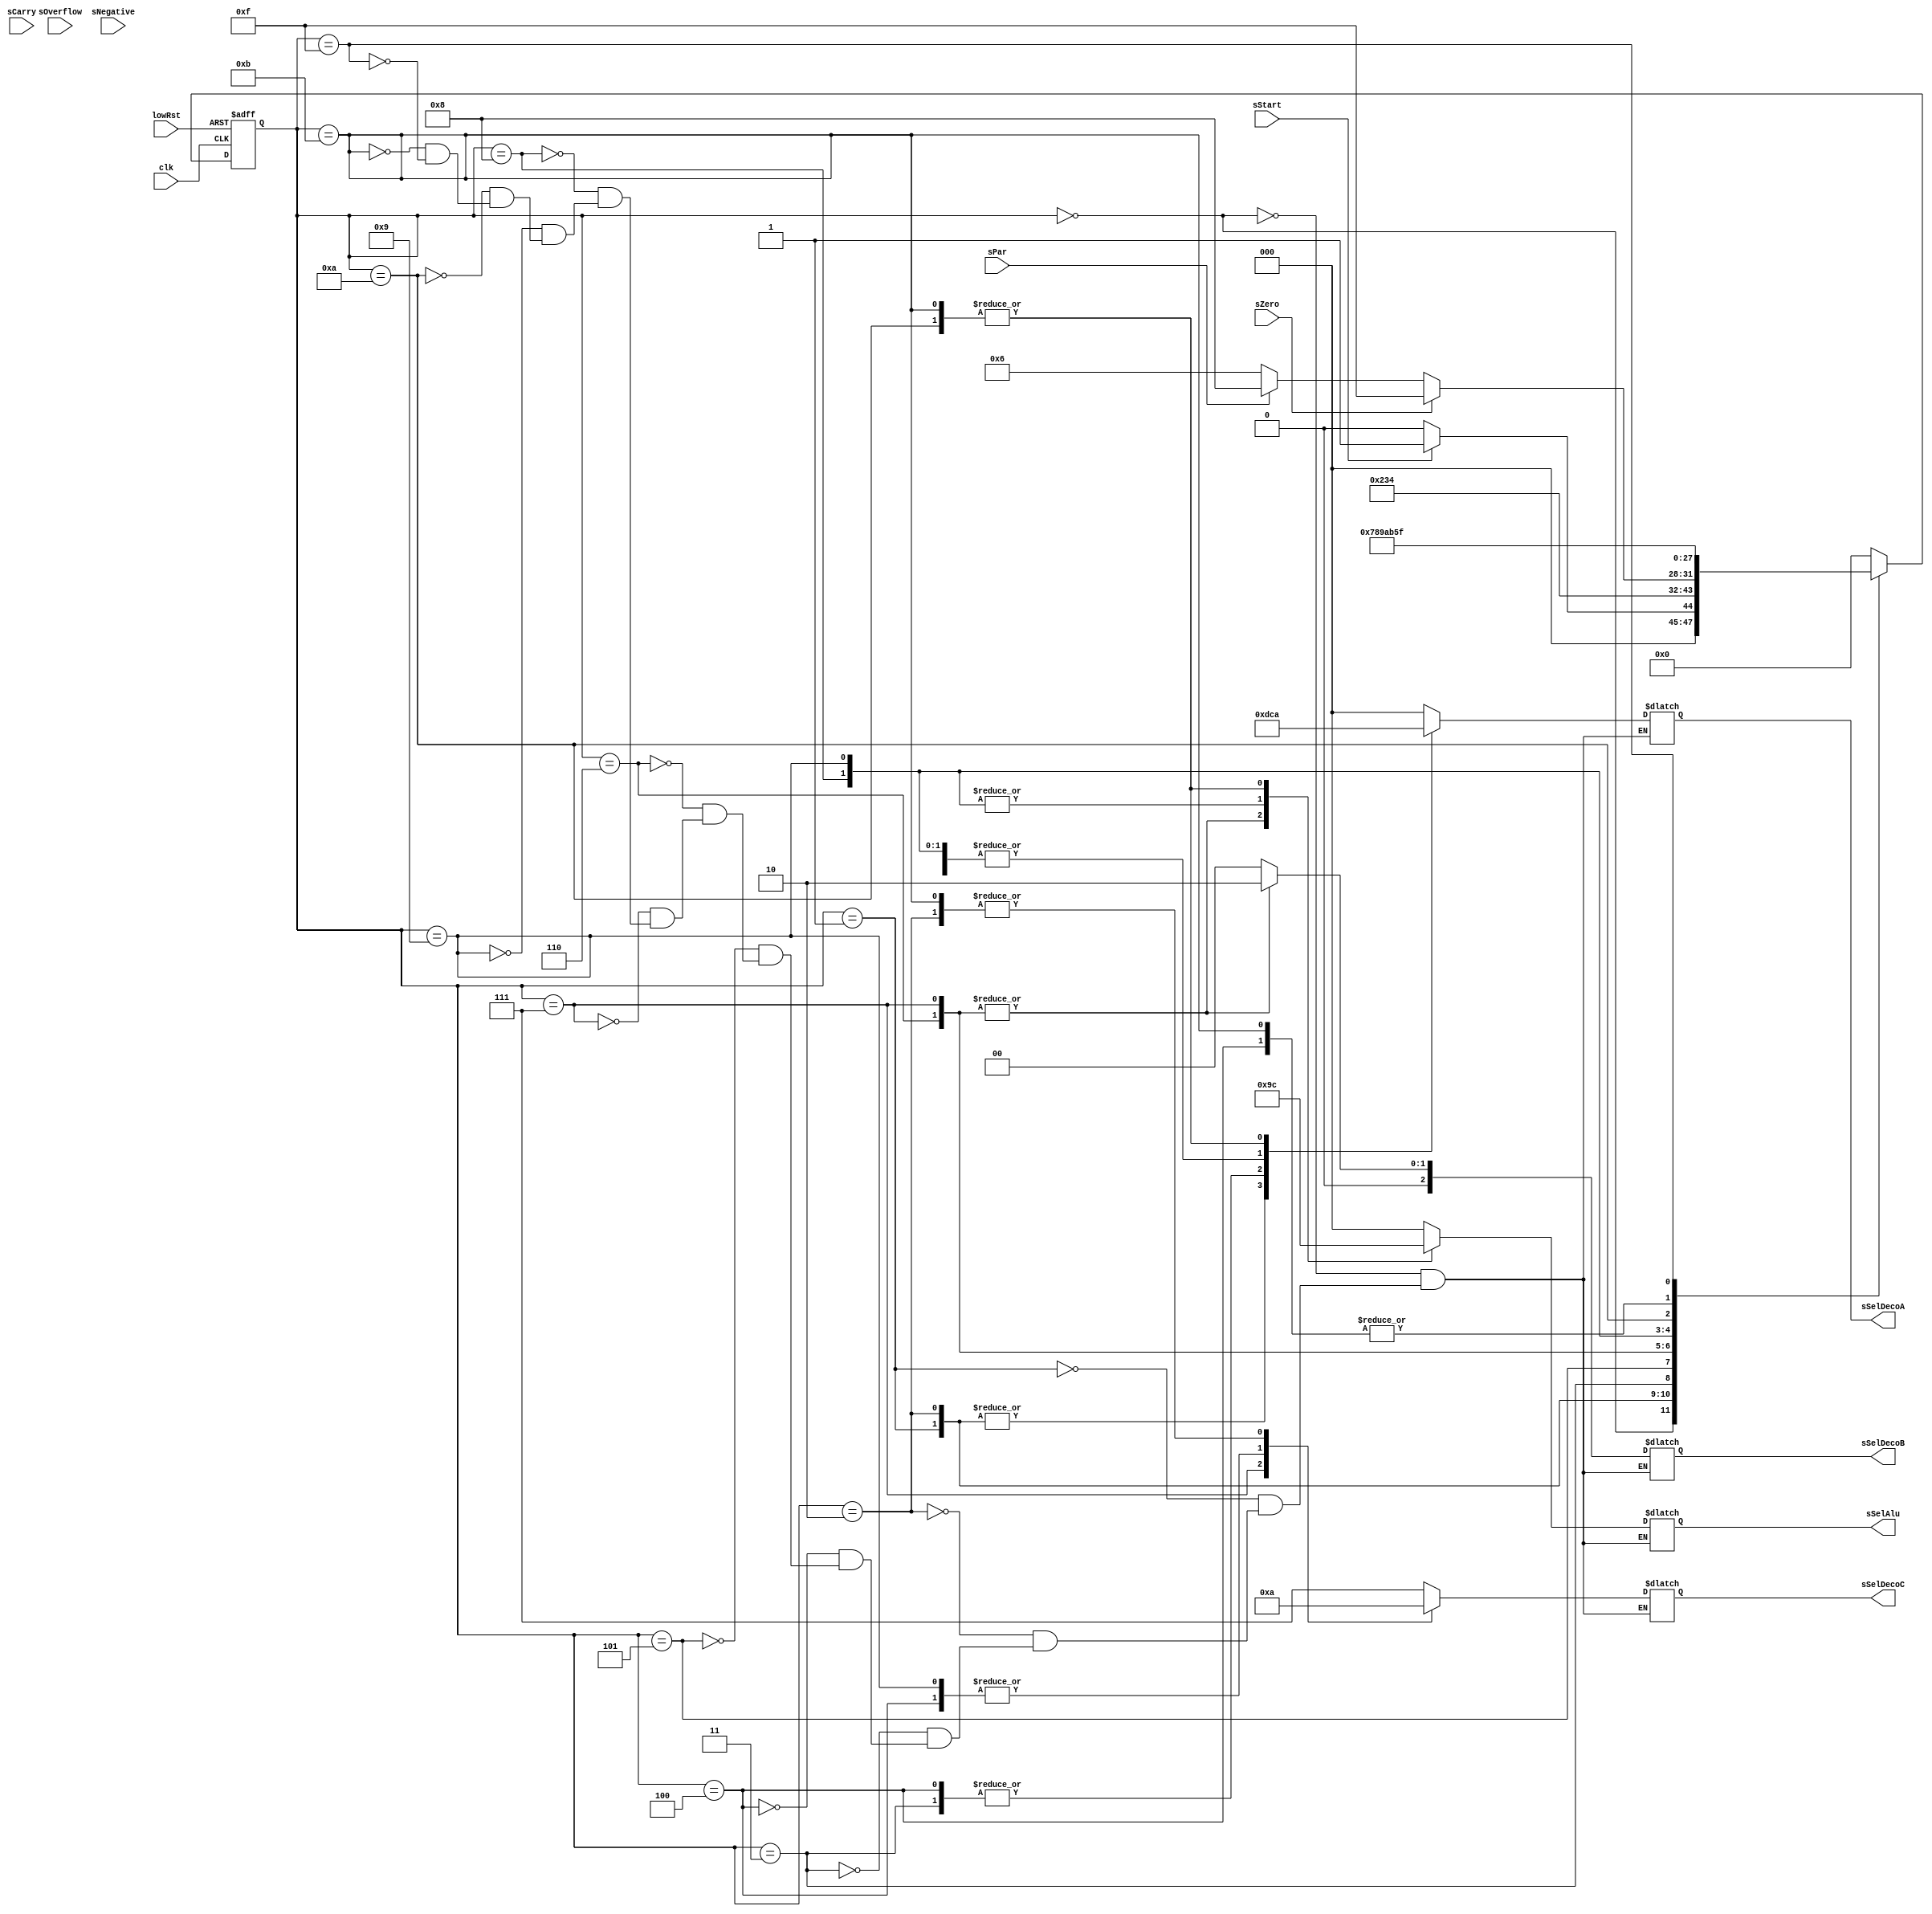
module statemachine#(
	parameter SELECTIONALU = 3,
	parameter SELECTIONDECO = 3
)
(
input wire clk, lowRst,sOverflow,sCarry,sNegative,sZero,sPar,sStart,
    output reg [SELECTIONDECO-1:0] sSelDecoA,sSelDecoB,sSelDecoC,
    output reg [SELECTIONALU-1:0] sSelAlu
);

//Declaracion de estados
	parameter sWaitStart= 			4'b0000;
	parameter sStateLeerRP0=		4'b0001;
	parameter sStateEscribirR2=		4'b0010;
	parameter sStateLeerRp1=		4'b0011;
	parameter sStateEscribirR1=		4'b0100;
	parameter sStateLeerR1=			4'b0101;
	parameter sStateLeerR0R2=		4'b0110;
	parameter sStateSumarR0R2=		4'b0111;
	parameter sStateShiftR1=		4'b1000;
	parameter sStateEscribirR1Shift=	4'b1001;
	parameter sStateShiftR2=		4'b1010;
	parameter sStateEscribirR2Shift=	4'b1011;
	parameter sStateDone=			4'b1111;
	
	reg done;
//signal declaration
	reg [3:0] sState, rState;
// state register
	always @ (posedge clk, negedge lowRst)
	if (lowRst==0)
		rState <= sWaitStart;
	else
		rState <= sState;

// next state logic
	always @ (*)
	case (rState)
	 sWaitStart: 	sState= (sStart==1)?sStateLeerRP0:sWaitStart;		
	 sStateLeerRP0:		sState=sStateEscribirR2;
	 sStateEscribirR2:	sState=sStateLeerRp1;
	 sStateLeerRp1:		sState=sStateEscribirR1;
	 sStateEscribirR1:	sState=sStateLeerR1;	
	 sStateLeerR1:		if (sZero==0) begin if(sPar==1)
				sState=sStateShiftR1;
				else
				sState=sStateLeerR0R2;end
				else
				sState=sStateDone;
	 sStateLeerR0R2:	sState=sStateSumarR0R2;	
	 sStateSumarR0R2:	sState=sStateShiftR1;	
	 sStateShiftR1:		sState=sStateEscribirR1Shift;
	 sStateEscribirR1Shift:	sState=sStateShiftR2;
	 sStateShiftR2:		sState=sStateEscribirR2Shift;
	 sStateEscribirR2Shift:	sState=sStateLeerR1;
	 sStateDone: sState=sStateDone;

	default: sState = sWaitStart;
	endcase

// next state logic
// sSelDecoC = 3'b111 NO SE ESCRIBE EN NINGUN REGISTRO
	always @ (*)
	case (rState)
	 sWaitStart: 		begin sSelDecoA = 3'b000; sSelDecoB = 3'b000; sSelDecoC = 3'b111; sSelAlu = 3'b000; end		
	 sStateLeerRP0:		begin sSelDecoA = 3'b110; sSelDecoB = 3'b000; sSelDecoC = 3'b111; sSelAlu = 3'b000; end
	 sStateEscribirR2:	begin sSelDecoA = 3'b110; sSelDecoB = 3'b000; sSelDecoC = 3'b010; sSelAlu = 3'b000; end	
	 sStateLeerRp1:		begin sSelDecoA = 3'b111; sSelDecoB = 3'b000; sSelDecoC = 3'b111; sSelAlu = 3'b000; end
	 sStateEscribirR1:	begin sSelDecoA = 3'b111; sSelDecoB = 3'b000; sSelDecoC = 3'b001; sSelAlu = 3'b000; end	
	 sStateLeerR1:		begin sSelDecoA = 3'b001; sSelDecoB = 3'b000; sSelDecoC = 3'b111; sSelAlu = 3'b000; end	
	 sStateLeerR0R2:	begin sSelDecoA = 3'b000; sSelDecoB = 3'b010; sSelDecoC = 3'b111; sSelAlu = 3'b010; end
	 sStateSumarR0R2:	begin sSelDecoA = 3'b000; sSelDecoB = 3'b010; sSelDecoC = 3'b000; sSelAlu = 3'b010; end	
	 sStateShiftR1:		begin sSelDecoA = 3'b001; sSelDecoB = 3'b000; sSelDecoC = 3'b111; sSelAlu = 3'b011; end
	 sStateEscribirR1Shift:	begin sSelDecoA = 3'b001; sSelDecoB = 3'b000; sSelDecoC = 3'b001; sSelAlu = 3'b011; end
	 sStateShiftR2:		begin sSelDecoA = 3'b010; sSelDecoB = 3'b000; sSelDecoC = 3'b111; sSelAlu = 3'b100; end
	 sStateEscribirR2Shift:	begin sSelDecoA = 3'b010; sSelDecoB = 3'b000; sSelDecoC = 3'b010; sSelAlu = 3'b100; end
	 sStateDone:		begin sSelDecoA = 3'b000; sSelDecoB = 3'b000; sSelDecoC = 3'b111; sSelAlu = 3'b000; end	
	endcase
endmodule